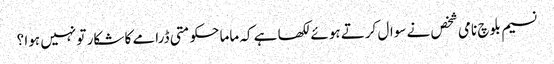
نسیم بلوچ نامی شخص نے سوال کرتے ہوئے لکھا ہے کہ ماما حکومتی ڈرامے کا شکار تو نہیں ہوا ؟